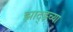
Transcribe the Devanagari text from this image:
झाद्झ्च्या